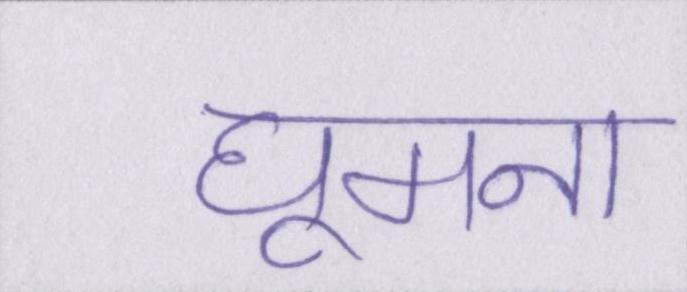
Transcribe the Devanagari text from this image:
घूमना